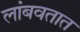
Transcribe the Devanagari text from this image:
लांबवतात